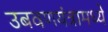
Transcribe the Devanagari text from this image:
उबवणयंत्रामध्ये